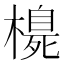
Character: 𪳳